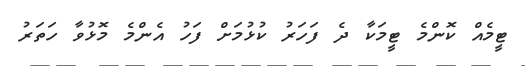
ޓީމެއް ކޮންމެ ޓީމަކާ ދެ ފަހަރު ކުޅުމަށް ފަހު އެންމެ މޮޅުވާ ހަތަރު